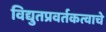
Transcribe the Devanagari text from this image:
विद्युतप्रवर्तकत्वाचे